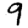
Digit: 9